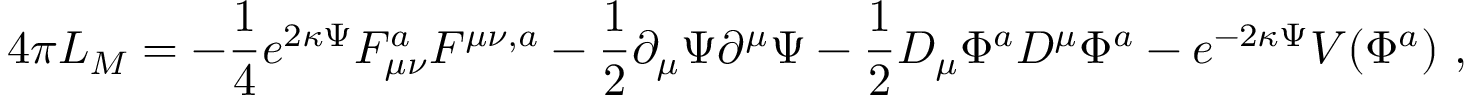
4 \pi L _ { M } = - \frac { 1 } { 4 } e ^ { 2 \kappa \Psi } F _ { \mu \nu } ^ { a } F ^ { \mu \nu , a } - \frac { 1 } { 2 } \partial _ { \mu } \Psi \partial ^ { \mu } \Psi - \frac { 1 } { 2 } D _ { \mu } \Phi ^ { a } D ^ { \mu } \Phi ^ { a } - e ^ { - 2 \kappa \Psi } V ( \Phi ^ { a } ) \ ,